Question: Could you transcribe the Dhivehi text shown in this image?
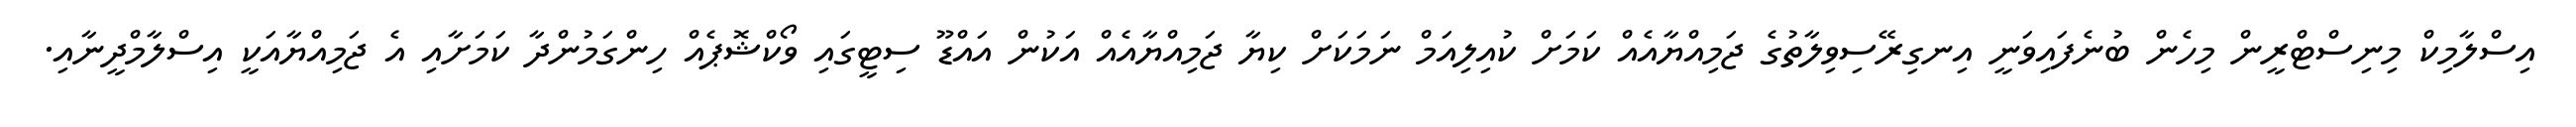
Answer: އިސްލާމިކް މިނިސްޓްރީން މިހެން ބުނެފައިވަނީ އިނގިރޭސިވިލާތުގެ ޖަމިއްޔާއެއް ކަމަށް ކުއިލިއަމް ނަމަކަށް ކިޔާ ޖަމިއްޔާއެއް އަކުން އައްޑޫ ސިޓީގައި ވޯކްޝޮޕެއް ހިންގަމުންދާ ކަމަށާއި އެ ޖަމިއްޔާއަކީ އިސްލާމްދީނާއި.